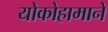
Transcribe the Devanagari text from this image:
योकोहामाने